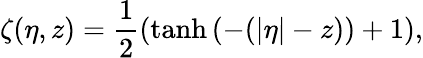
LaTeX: \zeta(\eta,z)=\frac{1}{2}\left(\operatorname{tanh}{\left(-(|\eta|-z)\right)}+1\right),